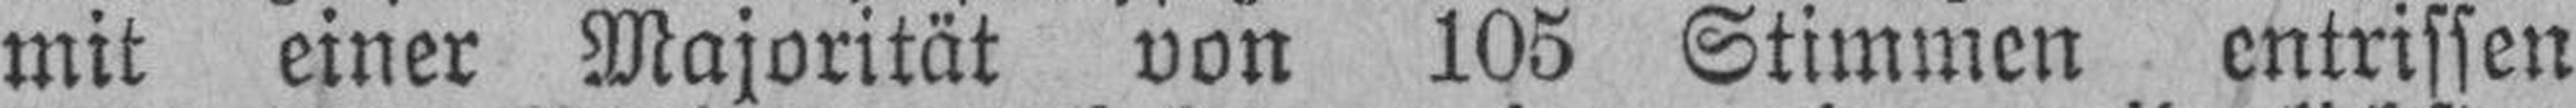
mit einer Majorität von 105 Stimmen entrissen